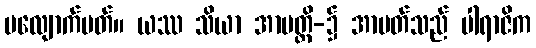
မလျောက်ပတ်။ ယဿ သိယာ အာပတ္တိ-၌ အာပတ်သည် ပါရာဇိက